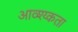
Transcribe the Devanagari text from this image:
आव्श्य्कता